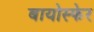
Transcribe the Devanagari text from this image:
बायोस्फेर